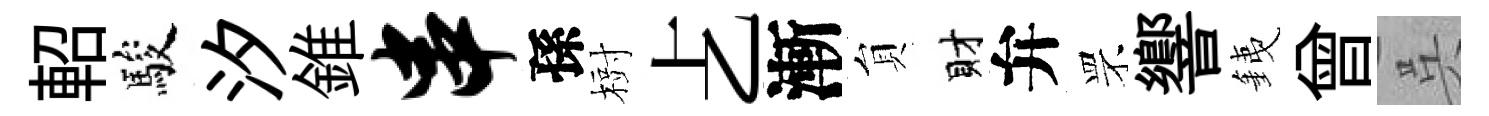
軺駿汐錐串孫𣗳𠧒漸貟財弁罘響銕曾呉